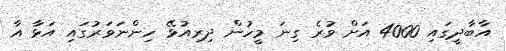
އާބާދީގައި 4000 އަށް ވުރެ ގިނަ މީހުން ދިރިއުޅޭ ހިންނަވަރުގައި އަޅާ އާ